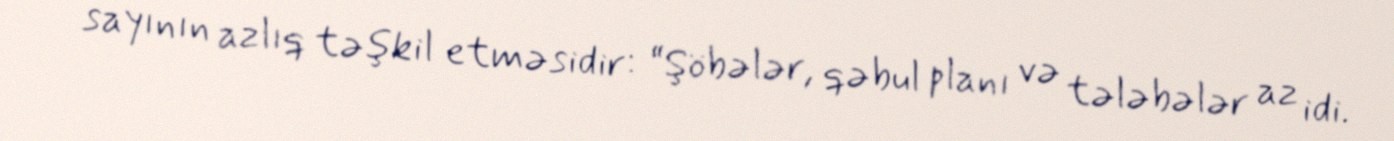
sayının azlıq təşkil etməsidir: “Şöbələr, qəbul planı və tələbələr az idi.